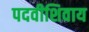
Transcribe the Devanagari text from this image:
पदवीशिवाय